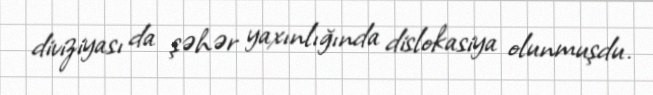
diviziyası da şəhər yaxınlığında dislokasiya olunmuşdu.